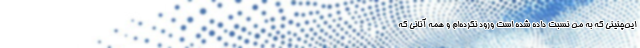
این‌چنینی که به من نسبت داده شده است ورود نکرده‌ام و همه آنانی که